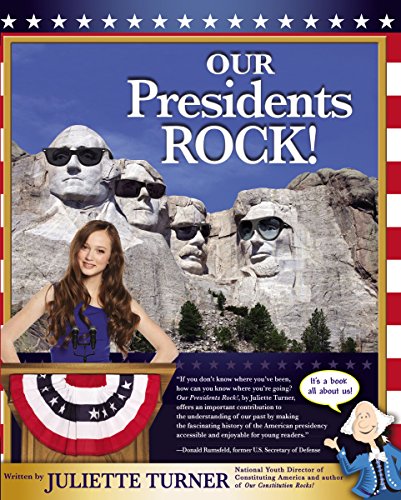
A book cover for Our Presidents Rock!; Juliette Turner; Children's Books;